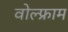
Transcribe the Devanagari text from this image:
वोल्फ्राम